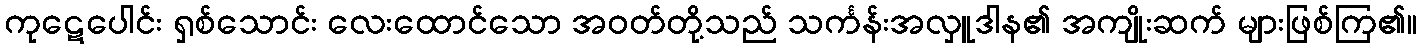
ကုဋေပေါင်း ရှစ်သောင်း လေးထောင်သော အဝတ်တို့သည် သင်္ကန်းအလှူဒါန၏ အကျိုးဆက် များဖြစ်ကြ၏။